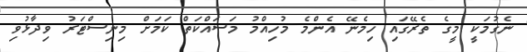
ނެގުމަކީ މީގެ ތެރޭގައި ހިމެނޭ އެންމެ މުހިއްމު މަސައްކަތް ކަމަށް މިނިސްޓަރު ވިދާޅުވި